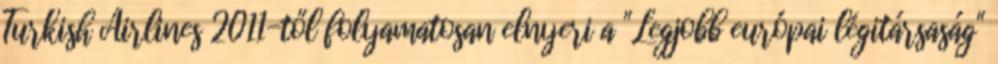
Turkish Airlines 2011-től folyamatosan elnyeri a "Legjobb európai légitársaság"